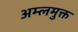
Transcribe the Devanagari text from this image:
अम्लमुक्त